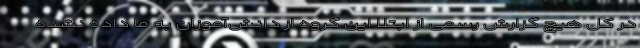
در کل هیچ گزارش رسمی از ابتلا این گروه از دانش‌آموزان به ما داده نشده